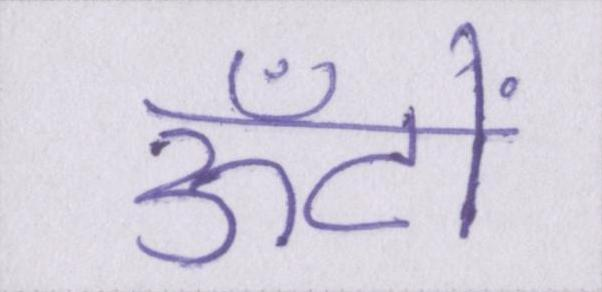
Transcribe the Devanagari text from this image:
ऊँटों